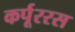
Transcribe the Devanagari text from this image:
कर्पूररस